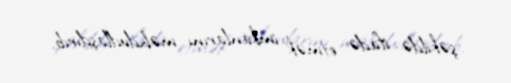
şəkildə ifadə etmək imkanlarını məhdudlaşdırıb.